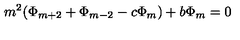
m ^ { 2 } ( \Phi _ { m + 2 } + \Phi _ { m - 2 } - c \Phi _ { m } ) + b \Phi _ { m } = 0